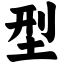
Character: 型